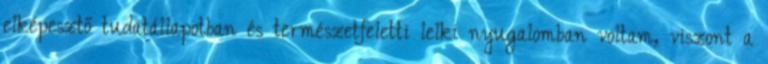
elképesztő tudatállapotban és természetfeletti lelki nyugalomban voltam, viszont a